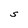
Character: S